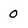
Character: 0